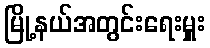
မြို့နယ်အတွင်းရေးမှူး